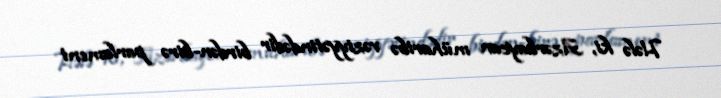
Hələ ki, Azərbaycan müharibə vəziyyətindədir birdən-birə parlament